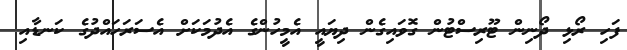
ފަހި ރޯޅި ދޯނިން ޓޫރިސްޓުން ގޮވައިގެން ދިޔައީ އެމީހުންގެ އެދުމަކަށް އެސަރަހައްދުގެ ކަނޑާއި